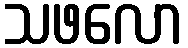
သဖလော